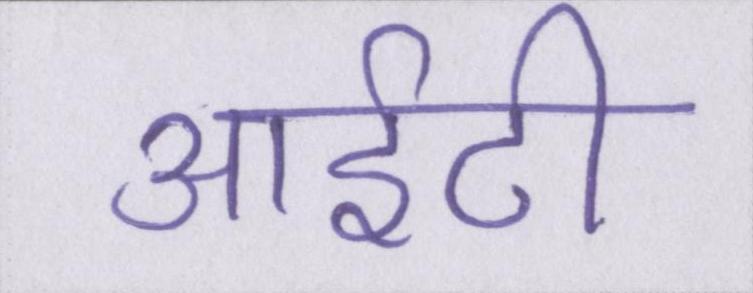
आईटी